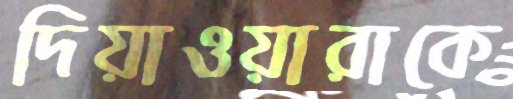
দিয়াওয়ারাকে